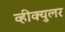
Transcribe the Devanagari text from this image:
व्हीक्युलर